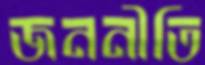
জননীতি